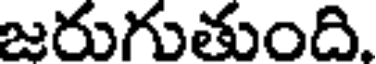
జరుగుతుంది.